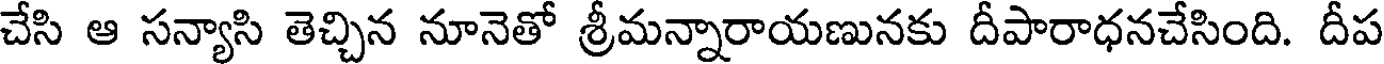
చేసి ఆ సన్యాసి తెచ్చిన నూనెతో శ్రీమన్నారాయణునకు దీపారాధనచేసింది. దీప